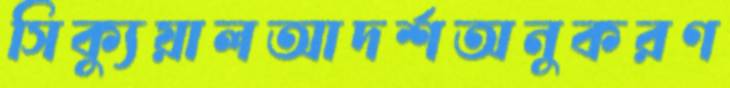
সিক্যুয়ালআদর্শঅনুকরণ